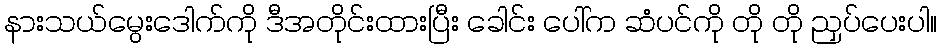
နားသယ်မွေးဒေါက်ကို ဒီအတိုင်းထားပြီး ခေါင်း ပေါ်က ဆံပင်ကို တို တို ညှပ်ပေးပါ။